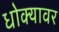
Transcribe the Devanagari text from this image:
धोक्यावर